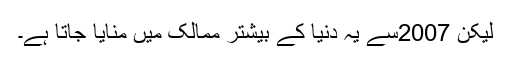
لیکن 2007سے یہ دنیا کے بیشتر ممالک میں منایا جاتا ہے۔